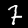
Digit: 7